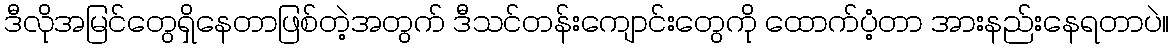
ဒီလိုအမြင်တွေရှိနေတာဖြစ်တဲ့အတွက် ဒီသင်တန်းကျောင်းတွေကို ထောက်ပံ့တာ အားနည်းနေရတာပဲ။